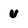
Character: u